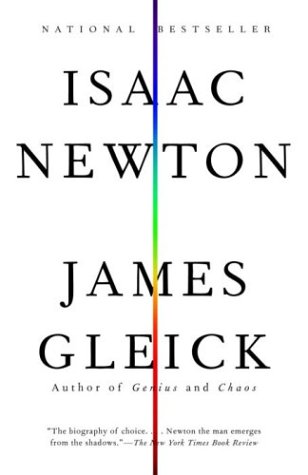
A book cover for Isaac Newton; James Gleick; Biographies & Memoirs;